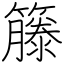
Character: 籐